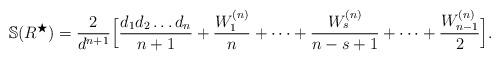
LaTeX: \begin{align*} \mathbb{S}(R^{\bigstar})=\frac{2}{d^{n+1}}\Big[\frac{d_1d_2\dots d_n}{n+1} + \frac{W^{(n)}_1}{n}+\dots+\frac{W^{(n)}_s}{n-s+1}+\dots+\frac{W^{(n)}_{n-1}}{2} \Big].\end{align*}